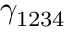
\gamma _ { 1 2 3 4 }